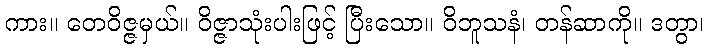
ကား။ တေဝိဇ္ဇမှယ်။ ဝိဇ္ဇာသုံးပါးဖြင့် ပြီးသော။ ဝိဘူသနံ၊ တန်ဆာကို။ ဒတွာ၊